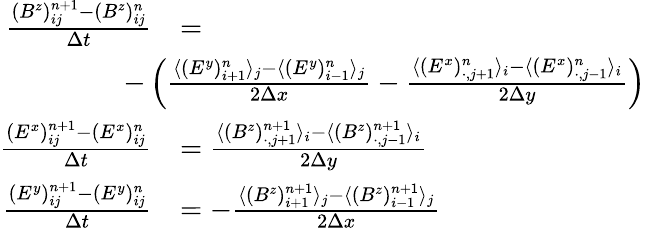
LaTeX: \begin{array}{rl}{\frac{(B^{z})_{ij}^{n+1}-(B^{z})_{ij}^{n}}{\Delta t}}&{=}\\ &{\! \! \! \! \! \! \! \! \! \! \! \! -\left(\frac{\langle(E^{y})_{i+1}^{n}\rangle_{j}-\langle(E^{y})_{i-1}^{n}\rangle_{j}}{2\Delta x}-\frac{\langle(E^{x})_{\cdot,j+1}^{n}\rangle_{i}-\langle(E^{x})_{\cdot,j-1}^{n}\rangle_{i}}{2\Delta y}\right)}\\ {\frac{(E^{x})_{ij}^{n+1}-(E^{x})_{ij}^{n}}{\Delta t}}&{=\frac{\langle(B^{z})_{\cdot,j+1}^{n+1}\rangle_{i}-\langle(B^{z})_{\cdot,j-1}^{n+1}\rangle_{i}}{2\Delta y}}\\ {\frac{(E^{y})_{ij}^{n+1}-(E^{y})_{ij}^{n}}{\Delta t}}&{=-\frac{\langle(B^{z})_{i+1}^{n+1}\rangle_{j}-\langle(B^{z})_{i-1}^{n+1}\rangle_{j}}{2\Delta x}}\end{array}